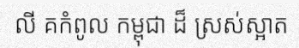
លី គកំពូល កម្ពុជា ដ៏ ស្រស់ស្អាត